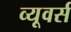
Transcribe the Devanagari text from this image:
व्यूवर्स